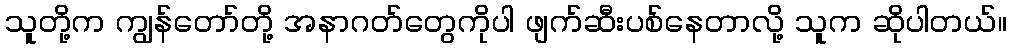
သူတို့က ကျွန်တော်တို့ အနာဂတ်တွေကိုပါ ဖျက်ဆီးပစ်နေတာလို့ သူက ဆိုပါတယ်။